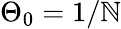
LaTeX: \Theta_{0}=1/\mathbb{N}